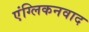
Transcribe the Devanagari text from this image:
एंग्लिकनवाद